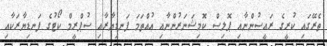
ތެރޭގައި ކުރީގެ ރައީސުންނާއި ޕޮލިސް ކޮމިޝަނަރުންނާއި އުއްތަމަ ފަނޑިޔާރާއި ސުޕްރީމް ކޯޓުގެ ފަނޑިޔާރަކާއި